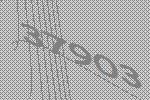
37903